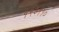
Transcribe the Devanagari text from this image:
१९७११०